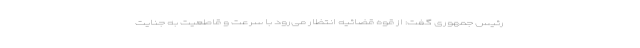
رئیس جمهوری گفت: از قوه قضائیه انتظار می‌رود با سرعت و قاطعیت به جنایت